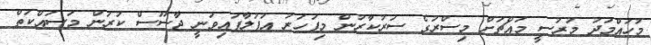
މުހައްމަދު މުރުސީ މައްޗަށް މިސްރުގެ ސަރުކާރުން މިފަހަރު އުފުލާފައިވަނީ ޖާސޫސް ކުރަން މަސައްކަތް